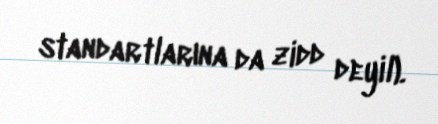
standartlarına da zidd deyil).